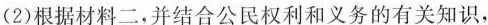
(2)根据材料二，并结合公民权利和义务的有关知识，